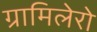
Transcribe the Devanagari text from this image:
ग्रामिलेरो